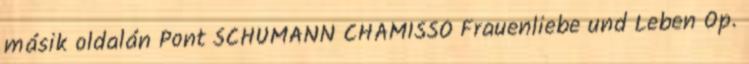
másik oldalán Pont SCHUMANN CHAMISSO Frauenliebe und Leben Op.